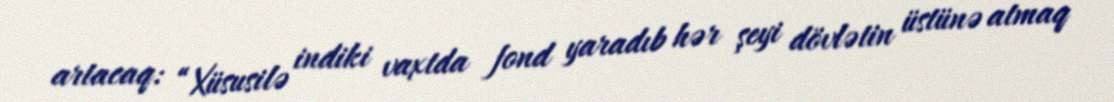
artacaq: “Xüsusilə indiki vaxtda fond yaradıb hər şeyi dövlətin üstünə atmaq